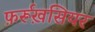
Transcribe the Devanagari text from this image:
फ़र्रूख़सियर